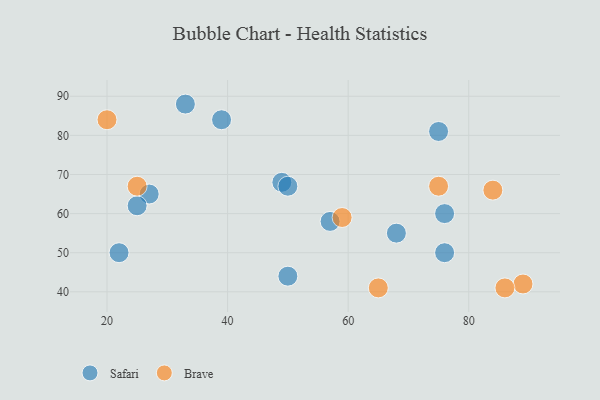
{"axis": {"x": "GDP", "y": "Life Expectancy"}, "legend": ["Brave", "Safari"], "data": [{"x": "76", "y": 50, "type": "Safari"}, {"x": "68", "y": 55, "type": "Safari"}, {"x": "39", "y": 84, "type": "Safari"}, {"x": "75", "y": 81, "type": "Safari"}, {"x": "22", "y": 50, "type": "Safari"}, {"x": "49", "y": 68, "type": "Safari"}, {"x": "33", "y": 88, "type": "Safari"}, {"x": "57", "y": 58, "type": "Safari"}, {"x": "50", "y": 67, "type": "Safari"}, {"x": "27", "y": 65, "type": "Safari"}, {"x": "50", "y": 44, "type": "Safari"}, {"x": "25", "y": 62, "type": "Safari"}, {"x": "76", "y": 60, "type": "Safari"}, {"x": "59", "y": 59, "type": "Brave"}, {"x": "65", "y": 41, "type": "Brave"}, {"x": "84", "y": 66, "type": "Brave"}, {"x": "75", "y": 67, "type": "Brave"}, {"x": "89", "y": 42, "type": "Brave"}, {"x": "25", "y": 67, "type": "Brave"}, {"x": "20", "y": 84, "type": "Brave"}, {"x": "86", "y": 41, "type": "Brave"}]}